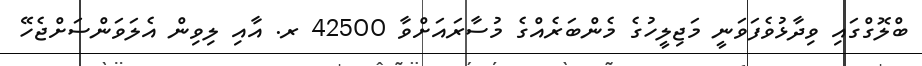
ބްލޮގްގައި ވިދާޅުވެފަވަނީ މަޖިލީހުގެ މެންބަރެއްގެ މުސާރައަށްވާ 42500 ރ. އާއި ލިވިން އެލަވަންސަށްޖެހޭ